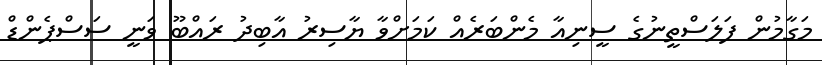
މަގާމުން ފަލަސްތީނުގެ ސީނިއާ މެންބަރެއް ކަމަށްވާ ޔާސިރު އާބިދު ރައްބޫ ވަނީ ސަސްޕެންޑް